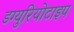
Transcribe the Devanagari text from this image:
डग्युरियोटाइप